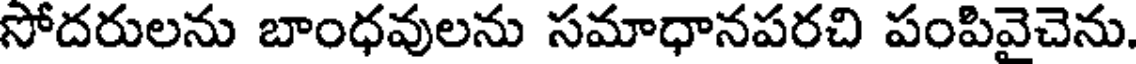
సోదరులను బాంధవులను సమాధానపరచి పంపివైచెను